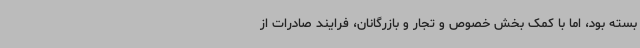
بسته بود، اما با کمک بخش خصوص و تجار و بازرگانان، فرایند صادرات از